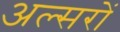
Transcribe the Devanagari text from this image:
अल्सरों